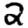
Digit: 2